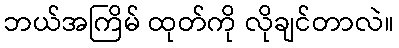
ဘယ်အကြိမ် ထုတ်ကို လိုချင်တာလဲ။